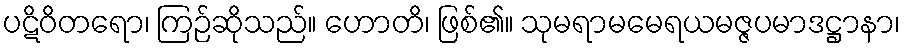
ပဋိဝိတရော၊ ကြဉ်ဆိုသည်။ ဟောတိ၊ ဖြစ်၏။ သုမရာမမေရယမဇ္ဇပမာဒဋ္ဌာနာ၊